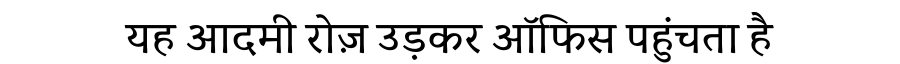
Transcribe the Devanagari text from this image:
यह आदमी रोज़ उड़कर ऑफिस पहुंचता है